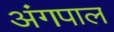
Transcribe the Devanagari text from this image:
अंगपाल